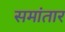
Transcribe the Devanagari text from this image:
समांतार